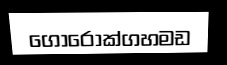
ගොරොක්ගහමඩ